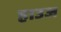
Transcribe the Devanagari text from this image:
हाउज